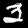
Digit: 3